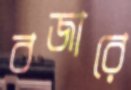
বজারে